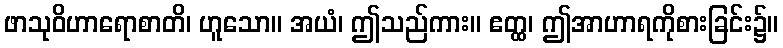
ဖာသုဝိဟာရောစာတိ၊ ဟူသော။ အယံ၊ ဤသည်ကား။ ဧတ္ထ၊ ဤအာဟာရကိုစားခြင်း၌။